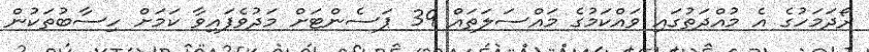
ރޯދަމަހުގެ އެ މުއްދަތުގައި ވައްކަމުގެ މައްސަލަތައް 39 ޕަސެންޓަށް މަދުވެފައިވާ ކަމަށް ހިސާބުތަކުން